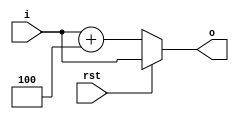
`timescale 1ns / 1ps

module NPC(
    input rst,
    input [31:0] i,
    output [31:0] o
    );
    assign o = rst ? i:i+4;
endmodule

module add(
    input [31:0] i1,
    input [31:0] i2,
    output [31:0] o
    );
    assign o = i1 + i2;
endmodule